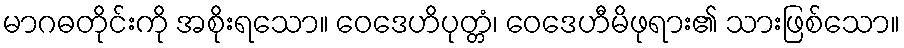
မာဂဓတိုင်းကို အစိုးရသော။ ဝေဒေဟိပုတ္တံ၊ ဝေဒေဟီမိဖုရား၏ သားဖြစ်သော။